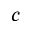
c